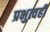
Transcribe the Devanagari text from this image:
प्रभुत्वही